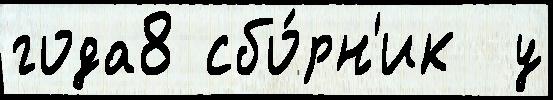
года8 сбо́рн'ик  у